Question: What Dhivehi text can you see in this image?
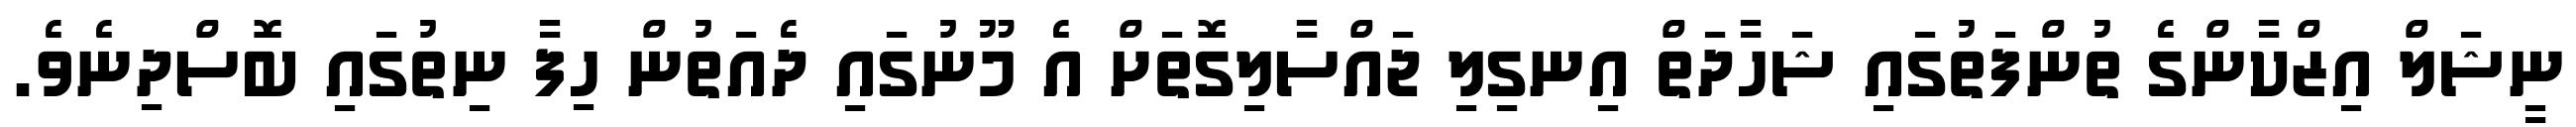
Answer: ނީޝަލް އިޒްކާންގެ ތުންފަތުގައި ޝަހާދަތް އިނގިލި ޖައްސާލިގޮތަށް އެ މޫނުގައި ދެއަތުން ހިފާ ނިތުގައި ބޮސްދިނެވެ.